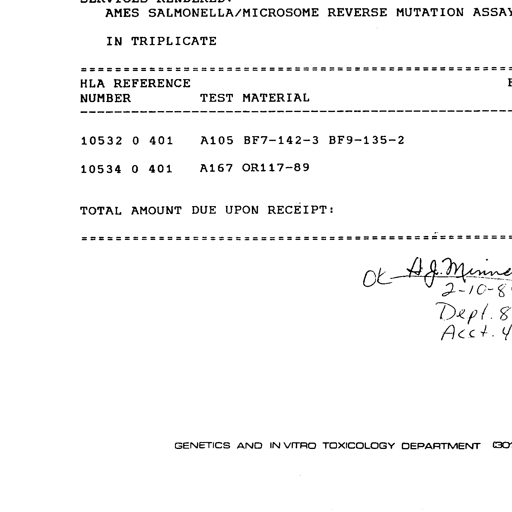
Transcript:
AMES SALMONELLA/MICROSOME REVERSE MUTATION ASSAY

IN TRIPLICATE

===============================================================================
HLA REFERENCE
NUMBER TEST MATERIAL
-------------------------------------------------------------------------------

10532 0 401 A105 BF7-142-3 BF9-135-2

10534 0 401 A167 OR117-89

TOTAL AMOUNT DUE UPON RECEIPT:

===============================================================================

OK - A J Minne
2-10-89
Dept. 8
Acct. 4

GENETICS AND IN VITRO TOXICOLOGY DEPARTMENT (301)